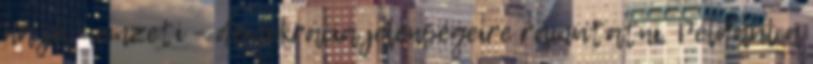
na jó, nemzeti – demokrácia jelenségeire rámutatni. Például a